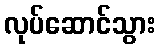
လုပ်ဆောင်သွား